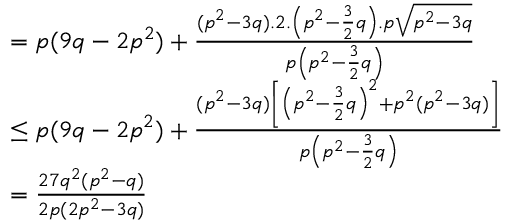
\begin{array} { r l } & { = p ( 9 q - 2 p ^ { 2 } ) + \frac { ( p ^ { 2 } - 3 q ) . 2 . \left( p ^ { 2 } - \frac { 3 } { 2 } q \right) . p \sqrt { p ^ { 2 } - 3 q } } { p \left( p ^ { 2 } - \frac { 3 } { 2 } q \right) } } \\ & { \le p ( 9 q - 2 p ^ { 2 } ) + \frac { ( p ^ { 2 } - 3 q ) \left[ \left( p ^ { 2 } - \frac { 3 } { 2 } q \right) ^ { 2 } + p ^ { 2 } ( p ^ { 2 } - 3 q ) \right] } { p \left( p ^ { 2 } - \frac { 3 } { 2 } q \right) } } \\ & { = \frac { 2 7 q ^ { 2 } ( p ^ { 2 } - q ) } { 2 p ( 2 p ^ { 2 } - 3 q ) } } \end{array}